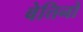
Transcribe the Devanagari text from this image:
बेत्तिनो